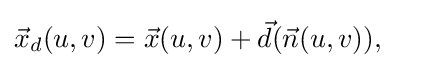
{\vec {x}}_{d}(u,v)={\vec {x}}(u,v)+{\vec {d}}({\vec {n}}(u,v)),\quad